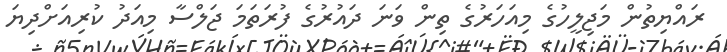
ރައްޔިތުން މަޖިލީހުގެ މިއަހަރުގެ ތިން ވަނަ ދައުރުގެ ފުރަތަމަ ޖަލްސާ މިއަދު ކުރިއަށްދިޔަ